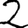
Digit: 2